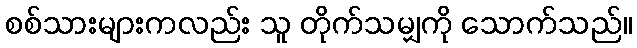
စစ်သားများကလည်း သူ တိုက်သမျှကို သောက်သည်။